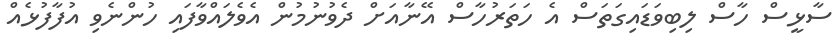
ސާޅީސް ހާސް ލިބިވަޑައިގަތަސް އެ ހަތަރުހާސް އޭނާއަށް ދެވުނުމުން އެވެލައްވާފައި ހުންނެވި އުފާފުޅެއް